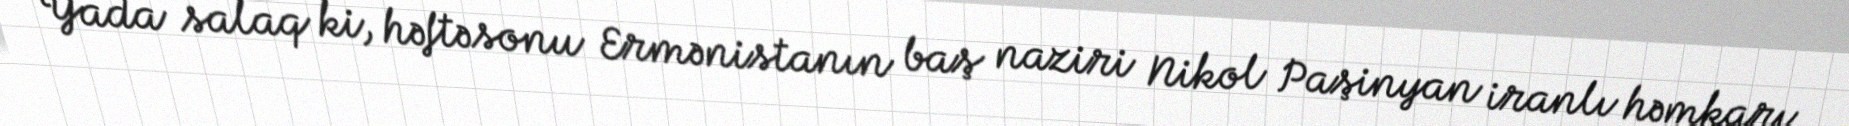
Yada salaq ki, həftəsonu Ermənistanın baş naziri Nikol Paşinyan iranlı həmkarı